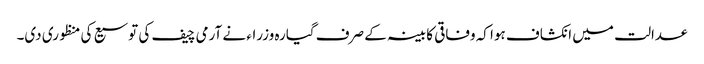
عدالت میں انکشاف ہوا کہ وفاقی کابینہ کے صرف گیارہ وزراء نے آرمی چیف کی توسیع کی منظوری دی۔